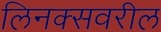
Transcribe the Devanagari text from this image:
लिनक्सवरील